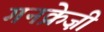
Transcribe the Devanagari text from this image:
गनक्रेज़ी